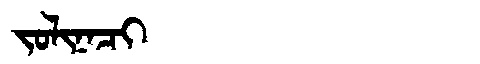
Manchu: ᠵᠣᠯᡳᠨᠠᠴᡳ
Romanization: JOLINACI